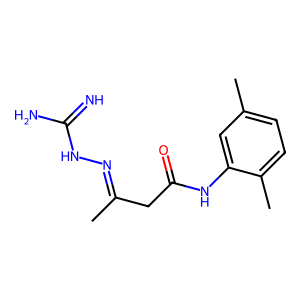
SMILES: CC(CC(=O)Nc1cc(C)ccc1C)=NNC(=N)N
Inhibits HIV replication: No